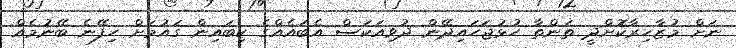
ނަށް މުޒާހިރާކޮށްދީ ތަންތާ ހުޅުޖަހައިދޭން ދުވިއަކަސް އެބައެއްގެ ކިބައިން ގައުމަށް ހިފޭނެ ބޭނުމެއް